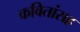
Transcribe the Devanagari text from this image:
कवितांसह